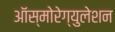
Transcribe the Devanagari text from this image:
ऑस्मोरेग्युलेशन